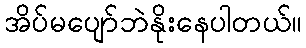
အိပ်မပျော်ဘဲနိုးနေပါတယ်။